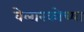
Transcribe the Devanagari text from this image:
वेलास्कोच्या